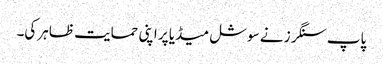
پاپ سنگرز نے سوشل میڈیا پر اپنی حمایت ظاہر کی۔